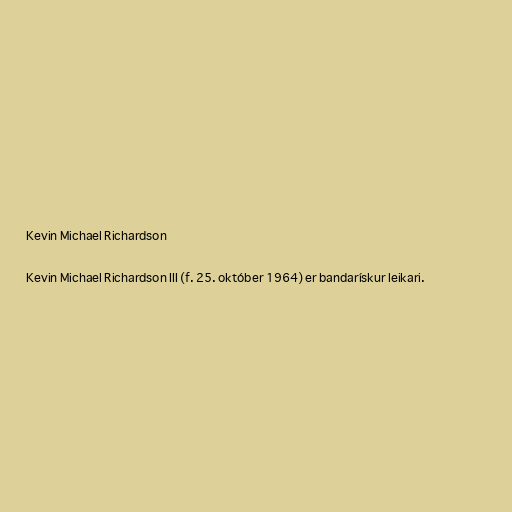
Kevin Michael Richardson

Kevin Michael Richardson III (f. 25. október 1964) er bandarískur leikari.